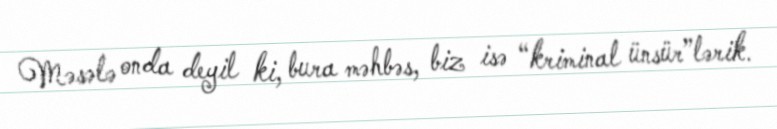
Məsələ onda deyil ki, bura məhbəs, biz isə “kriminal ünsür”lərik.